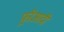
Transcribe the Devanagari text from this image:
फ़्रीआदीं